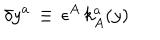
LaTeX: \delta y ^ { a } \, \equiv \, \epsilon ^ { A } \, k _ { A } ^ { a } ( y )